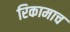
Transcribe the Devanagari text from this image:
रिकामाच